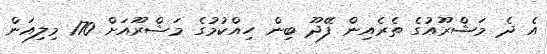
އެ ދެ މަޝްރޫއުގެ ތެރެއިން ފޭދޫ ބިން ހިއްކުމުގެ މަޝްރޫއަށް 170 މިލިއަން